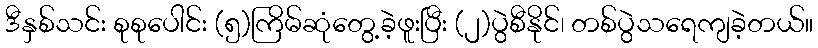
ဒီနှစ်သင်း စုစုပေါင်း (၅)ကြိမ်ဆုံတွေ့ခဲ့ဖူးပြီး (၂)ပွဲစီနိုင်၊ တစ်ပွဲသရေကျခဲ့တယ်။